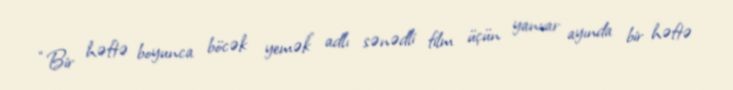
“Bir həftə boyunca böcək yemək” adlı sənədli film üçün yanvar ayında bir həftə